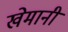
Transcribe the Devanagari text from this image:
खेमानी